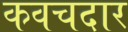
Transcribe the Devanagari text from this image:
कवचदार